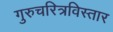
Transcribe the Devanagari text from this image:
गुरुचरित्रविस्तार